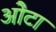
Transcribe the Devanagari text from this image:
ओेटा